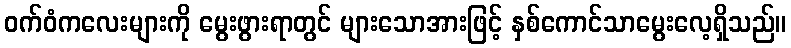
ဝက်ဝံကလေးများကို မွေးဖွားရာတွင် များသောအားဖြင့် နှစ်ကောင်သာမွေးလေ့ရှိသည်။